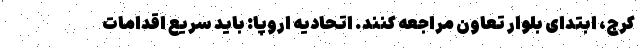
کرج، ابتدای بلوار تعاون مراجعه کنند. اتحادیه اروپا: باید سریع اقدامات